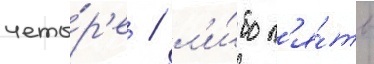
четы́р'е / л'и́бо п'я́ть